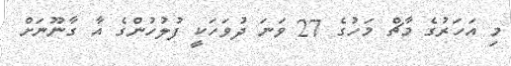
މި އަހަރުގެ މާޗް މަހުގެ 27 ވަނަ ދުވަހަކީ ފުލުހުންގެ އާ ގާނޫނަށް